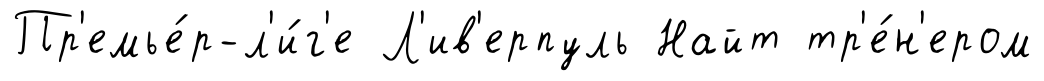
Пр'емье́р-л'и́г'е Л'ив'ерпуль Найт тр'е́н'ером